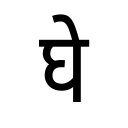
OCR:
घे